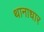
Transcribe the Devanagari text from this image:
थानाधार